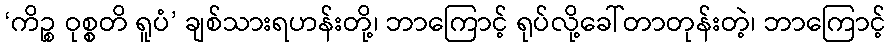
‘ကိဉ္စ ဝုစ္စတိ ရူပံ’ ချစ်သားရဟန်းတို့၊ ဘာကြောင့် ရုပ်လို့ခေါ်တာတုန်းတဲ့၊ ဘာကြောင့်